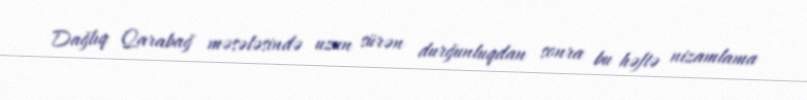
Dağlıq Qarabağ məsələsində uzun sürən durğunluqdan sonra bu həftə nizamlama